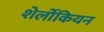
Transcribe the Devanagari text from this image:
शेर्लोकियन